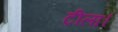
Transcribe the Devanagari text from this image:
टीला।